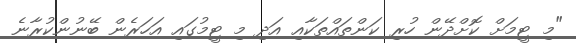
"މި ޓީމަށް ކޮށްދޭން ހުރި ކަންތައްތަކާއި އަދި މި ޓީމުގައި އަހަރެން ބޭނުންކުރާނެ